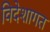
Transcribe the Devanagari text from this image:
विदेशागत